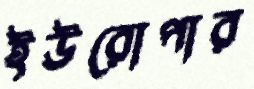
ইউরোপার